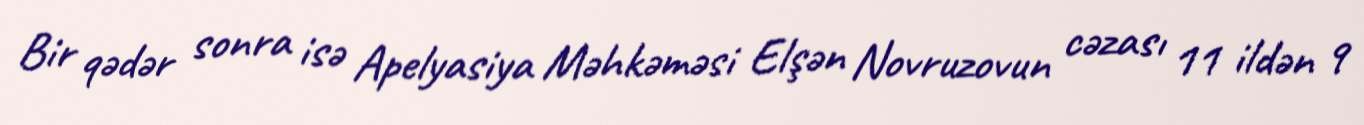
Bir qədər sonra isə Apelyasiya Məhkəməsi Elşən Novruzovun cəzası 11 ildən 9